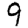
Digit: 9